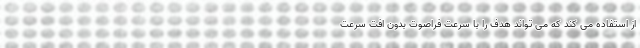
از استفاده می کند که می تواند هدف را با سرعت فراصوت بدون افت سرعت